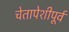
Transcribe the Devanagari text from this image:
चेतापेशीपूर्व